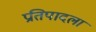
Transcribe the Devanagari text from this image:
प्रतिपादला